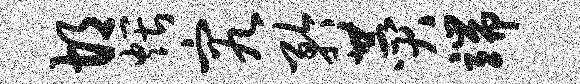
胡煨究矜赞端